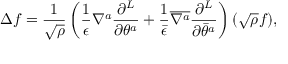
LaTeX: \Delta f = \frac { 1 } { \sqrt \rho } \left( \frac { 1 } { \epsilon } \nabla ^ { a } \frac { \partial ^ { L } } { \partial \theta ^ { a } } + \frac { 1 } { \bar { \epsilon } } { \overline { { { \nabla ^ { a } } } } } \frac { \partial ^ { L } } { \partial { \bar { \theta } } ^ { a } } \right) ( \sqrt \rho f ) ,